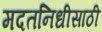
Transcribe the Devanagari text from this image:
मदतनिधीसाठी